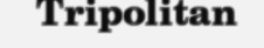
Tripolitan